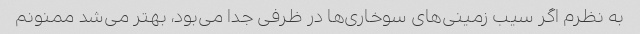
به نظرم اگر سیب زمینی‌های سوخاری‌ها در ظرفی جدا می‌بود، بهتر می‌شد ممنونم